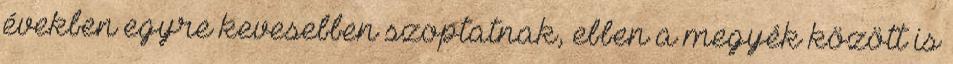
években egyre kevesebben szoptatnak, ebben a megyék között is